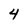
Character: 4